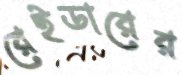
রেইডারের